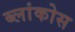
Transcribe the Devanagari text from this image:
ब्लांकोस